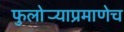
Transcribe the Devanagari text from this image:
फुलोर्‍याप्रमाणेच